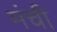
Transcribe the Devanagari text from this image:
मंची